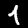
Digit: 4